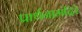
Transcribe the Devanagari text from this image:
प्रार्थनामंदिरे